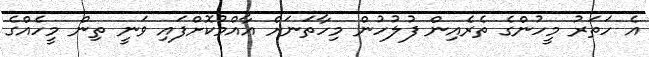
އެ ހަތަރު މީހުންގެ ތެރެއިން ފުލުހުން މިހާތަނަށް އާއްމުކޮށްފައި ވަނީ ތިން މީހެއްގެ